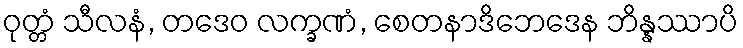
ဝုတ္တံ သီလနံ, တဒေဝ လက္ခဏံ, စေတနာဒိဘေဒေန ဘိန္နဿာပိ